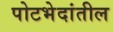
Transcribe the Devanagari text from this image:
पोटभेदांतील